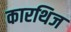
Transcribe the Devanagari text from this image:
कारथिज